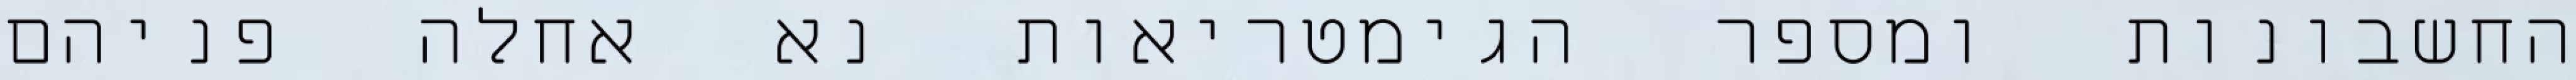
החשבונות ומספר הגימטריאות נא אחלה פניהם